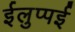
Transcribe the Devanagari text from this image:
ईलुप्पई